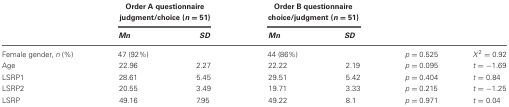
<table><thead><tr><td></td><td colspan="2"><b>Order A questionnaire judgment/choice (<i>n</i> = 51)</b></td><td colspan="2"><b>Order B questionnaire choice/judgment (<i>n</i> = 51)</b></td><td></td><td></td></tr><tr><td></td><td><b><i>Mn</i></b></td><td><b><i>SD</i></b></td><td><b><i>Mn</i></b></td><td><b><i>SD</i></b></td><td></td><td></td></tr></thead><tbody><tr><td>Female gender, <i>n</i> (%)</td><td>47 (92%)</td><td></td><td>44 (86%)</td><td></td><td><i>p</i> = 0.525</td><td><i>X</i><sup>2</sup> = 0.92</td></tr><tr><td>Age</td><td>22.96</td><td>2.27</td><td>22.22</td><td>2.19</td><td><i>p</i> = 0.095</td><td><i>t</i> = −1.69</td></tr><tr><td>LSRP1</td><td>28.61</td><td>5.45</td><td>29.51</td><td>5.42</td><td><i>p</i> = 0.404</td><td><i>t</i> = 0.84</td></tr><tr><td>LSRP2</td><td>20.55</td><td>3.49</td><td>19.71</td><td>3.33</td><td><i>p</i> = 0.215</td><td><i>t</i> = −1.25</td></tr><tr><td>LSRP</td><td>49.16</td><td>7.95</td><td>49.22</td><td>8.1</td><td><i>p</i> = 0.971</td><td><i>t</i> = 0.04</td></tr></tbody></table>